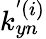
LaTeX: k_{yn}^{'(i)}